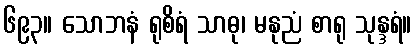
၆၉၃။ သောဘနံ ရုစိရံ သာဓု၊ မနုညံ စာရု သုန္ဒရံ။